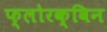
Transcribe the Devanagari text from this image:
फ्लोरक्विन